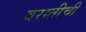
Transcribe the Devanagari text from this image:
वरातीची